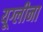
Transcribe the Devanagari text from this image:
यूग्लीना